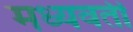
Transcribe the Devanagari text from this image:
मध्‍यवर्ती